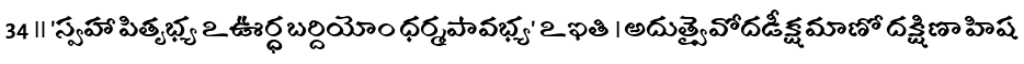
34 ॥ 'స్వహా పితృభ్య ఽఊర్ద్ధబర్దియోం ధర్మపావభ్య' ఽఇతి । అదుత్వైవోదడీక్షమాణో దక్షిణా హిష